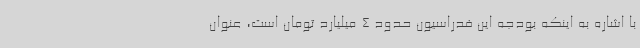
با اشاره به اینکه بودجه این فدراسیون حدود 4 میلیارد تومان است، عنوان